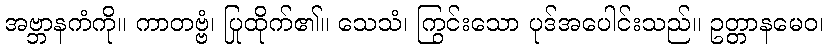
အဗ္ဘာနကံကို။ ကာတဗ္ဗံ၊ ပြုထိုက်၏။ သေသံ၊ ကြွင်းသော ပုဒ်အပေါင်းသည်။ ဥတ္တာနမေဝ၊